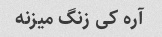
آره کی زنگ میزنه